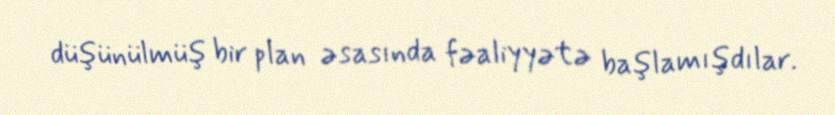
düşünülmüş bir plan əsasında fəaliyyətə başlamışdılar.